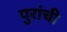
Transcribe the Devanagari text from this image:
पुरांची